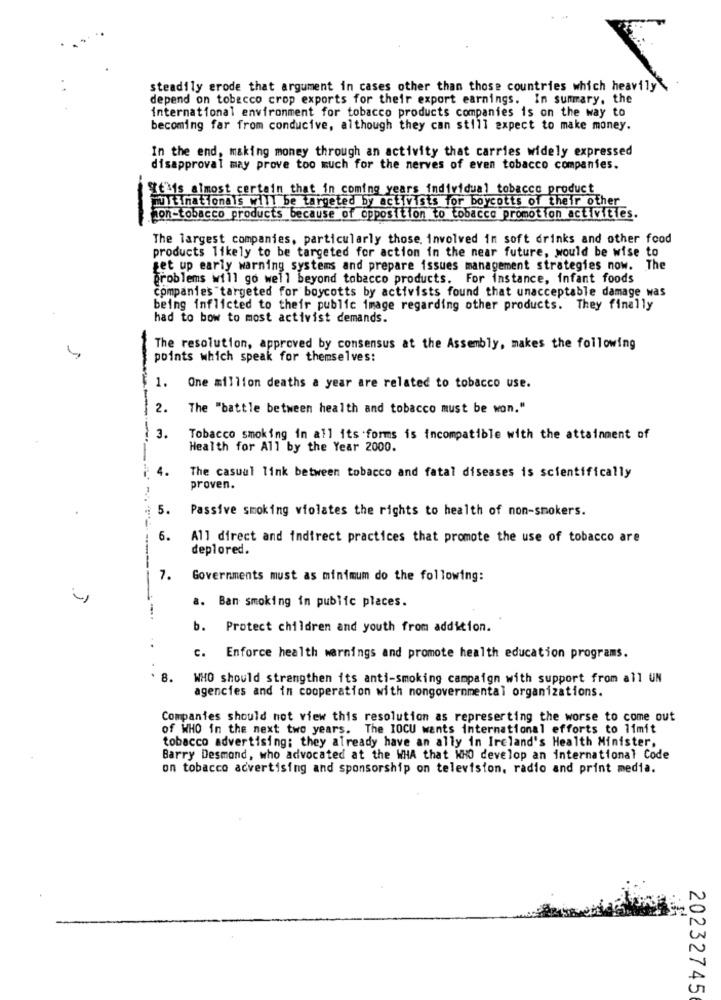
steadily erode that argument in cases other than those countries which heavily
depend on tobacco crop exports for their export earnings. In summary, the
international environment for tobacco products companies is on the way to
becoming far from conducive, although they can still expect to make money.
In the end, making money through an activity that carries widely expressed
disapproval may prove too much for the nerves of even tobacco companies.
It's almost certain that in coming years individual tobacco product
multinationals will be targeted by activists for boycotts of their other
hon-tobacco products because of opposition to tobacco promotion activities.
--
The largest companies, particularly those. involved in soft drinks and other food
products likely to be targeted for action in the near future, would be wise to
get up early warning systems and prepare issues management strategies now. The
problems will go well beyond tobacco products. For instance, infant foods
Companies targeted for boycotts by activists found that unacceptable damage was
being inflicted to their public image regarding other products. They finally
had to bow to most activist demands.
The resolution, approved by consensus at the Assembly, makes the following
points which speak for themselves:
1.
One million deaths a year are related to tobacco use.
2. The "battle between health and tobacco must be won."
3. Tobacco smoking in all its forms is incompatible with the attainment of
Health for All by the Year 2000.
4.
The casual link between tobacco and fatal diseases is scientifically
proven.
.
5.
Passive smoking violates the rights to health of non-smokers.
6.
All direct and indirect practices that promote the use of tobacco are
deplored.
7.
Governments must as minimum do the following:
a. Ban smoking in public places.
b. Protect children and youth from addition.
c. Enforce health warnings and promote health education programs.
8. WHO should strengthen its anti-smoking campaign with support from all UN
agencies and in cooperation with nongovernmental organizations.
Companies should not view this resolution as represerting the worse to come out
of WHO in the next two years. The IOCU wants international efforts to limit
tobacco advertising; they already have an ally in Ireland's Health Minister,
Barry Desmond, who advocated at the WHA that WHO develop an international Code
on tobacco advertising and sponsorship on television, radio and print media.
20232745